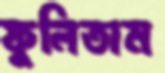
ফুলিতাম